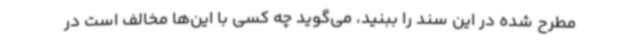
مطرح شده در این سند را ببنید، می‌گوید چه کسی با این‌ها مخالف است در